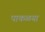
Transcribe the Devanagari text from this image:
पाकळया